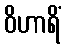
ဝိဟာရိံ